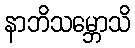
နာဘိသမ္ဘောသိ